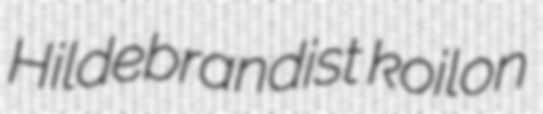
Hildebrandist koilon